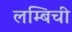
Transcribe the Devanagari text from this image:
लम्बिची